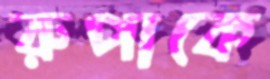
রুপাকে